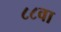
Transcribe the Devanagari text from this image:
८८वा